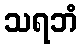
သရဘံ